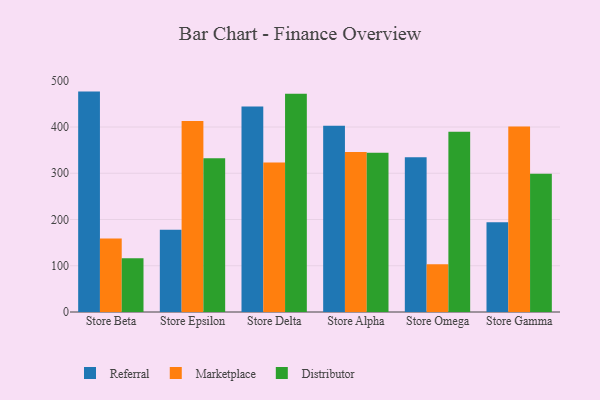
{"axis": {"x": "Store", "y": "Operating Costs (USD K)"}, "legend": ["Distributor", "Marketplace", "Referral"], "data": [{"x": "Store Beta", "y": 476.6, "type": "Referral"}, {"x": "Store Beta", "y": 159.2, "type": "Marketplace"}, {"x": "Store Beta", "y": 116.1, "type": "Distributor"}, {"x": "Store Epsilon", "y": 177.9, "type": "Referral"}, {"x": "Store Epsilon", "y": 413.1, "type": "Marketplace"}, {"x": "Store Epsilon", "y": 332.4, "type": "Distributor"}, {"x": "Store Delta", "y": 444.5, "type": "Referral"}, {"x": "Store Delta", "y": 323.5, "type": "Marketplace"}, {"x": "Store Delta", "y": 472.0, "type": "Distributor"}, {"x": "Store Alpha", "y": 402.8, "type": "Referral"}, {"x": "Store Alpha", "y": 345.8, "type": "Marketplace"}, {"x": "Store Alpha", "y": 344.5, "type": "Distributor"}, {"x": "Store Omega", "y": 334.4, "type": "Referral"}, {"x": "Store Omega", "y": 103.4, "type": "Marketplace"}, {"x": "Store Omega", "y": 389.8, "type": "Distributor"}, {"x": "Store Gamma", "y": 193.9, "type": "Referral"}, {"x": "Store Gamma", "y": 400.9, "type": "Marketplace"}, {"x": "Store Gamma", "y": 298.7, "type": "Distributor"}]}